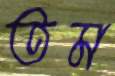
তম